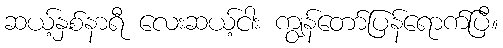
ဆယ့်နှစ်နာရီ လေးဆယ့်ငါး ကျွန်တော်ပြန်ရောက်ပြီ။